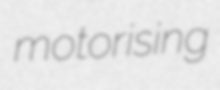
motorising